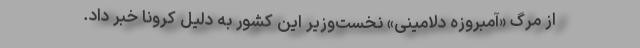
از مرگ «آمبروزه دلامینی» نخست‌وزیر این کشور به دلیل کرونا خبر داد.